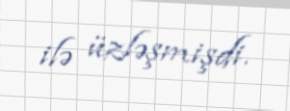
ilə üzləşmişdi.